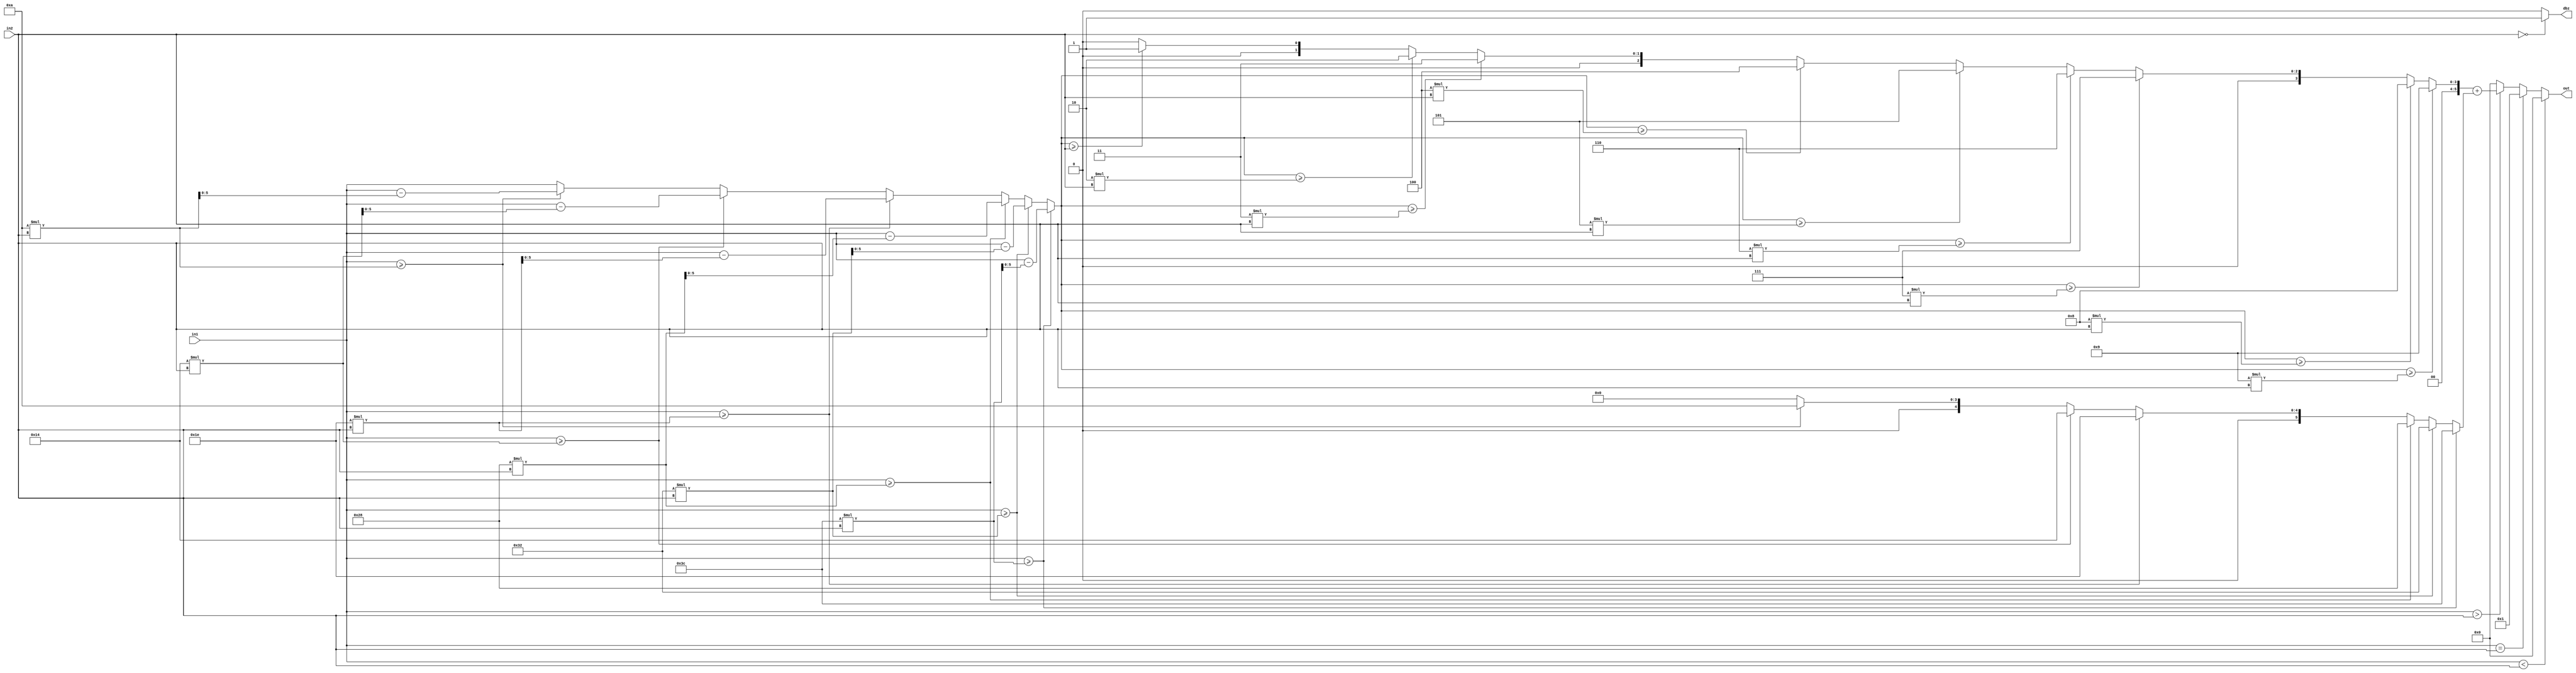
`timescale 1ns / 10ps
module div(out, in1, in2, dbz);

parameter width = 6;

input  	[width-1:0] in1; // Dividend
input  	[width-1:0] in2; // Divisor
output reg  [width-1:0] out; // Quotient
output dbz;

/*
complement
*/
reg [width-1:0] count  ;
reg [width-1:0] counter  ;
reg [width-1:0] temp_in1 ; 
wire [width-1:0]temp_out ;


/********************************
You need to write your code at here
********************************/



assign dbz = (in2==6'd0) ? 1'b1 : 1'b0 ;
assign temp_out = count + counter ;

always@(*)
begin
	if(in1<in2)
	out = 6'b000000 ;
	else if(in1==in2)
	out = 6'b000001 ;
	else if (in1>in2)
	out = temp_out ;	
	else
	out = 6'b000000 ; 
end

always@(*)
begin
	if(in1>=60*in2)
		temp_in1 = in1-60*in2 ;
	else if(in1>=50*in2)
		temp_in1 = in1-50*in2 ;
	else if(in1>=40*in2)
		temp_in1 = in1-40*in2 ;
	else if(in1>=30*in2)
		temp_in1 = in1-30*in2 ;
	else if(in1>=20*in2)
		temp_in1 = in1-20*in2 ;
	else if(in1>=10*in2)
		temp_in1 = in1-10*in2 ;		
	else
		temp_in1 = in1 ;
end

always@(*)
begin
	if(in1>=60*in2)
		counter = 6'd60 ;
	else if(in1>=50*in2)
		counter = 6'd50 ;
	else if(in1>=40*in2)
		counter = 6'd40 ;
	else if(in1>=30*in2)
		counter = 6'd30 ;
	else if(in1>=20*in2)
		counter = 6'd20 ;
	else if(in1>=10*in2)
		counter = 6'd10 ;
	else
		counter = 6'd0 ;
end

always@(*)
begin
	if(temp_in1>=9*in2)
		count = 6'd9 ;
	else if(temp_in1>=8*in2)
		count = 6'd8 ;
	else if(temp_in1>=7*in2)
		count = 6'd7 ;
	else if(temp_in1>=6*in2)
		count = 6'd6 ;
	else if(temp_in1>=5*in2)
		count = 6'd5 ;
	else if(temp_in1>=4*in2)
		count = 6'd4 ;
	else if(temp_in1>=3*in2)
		count = 6'd3 ;
	else if(temp_in1>=2*in2)
		count = 6'd2 ;
	else if(temp_in1>=in2)
		count = 6'd1 ;
	else
		count = 6'd0 ;
end

endmodule